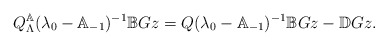
\begin{align*}Q_\Lambda^\mathbb{A}(\lambda_0-\mathbb{A}_{-1})^{-1}\mathbb{B}Gz=Q(\lambda_0-\mathbb{A}_{-1})^{-1}\mathbb{B}Gz-\mathbb{D}Gz.\end{align*}